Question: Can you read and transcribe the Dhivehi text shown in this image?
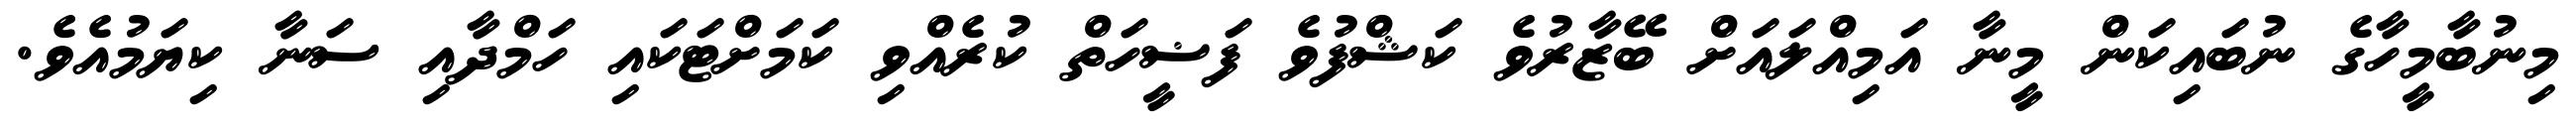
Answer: މިނުބާމީހާގެ ނުބައިކަން މީނާ އަމިއްލައަށް ބޭޒާރުވެ ކަޝްފުވެ ފަޟީހަތް ކުރެއްވި ކަމަށްޓަކައި ހަމްދާއި ސަނާ ކިޔަމުއެވެ.